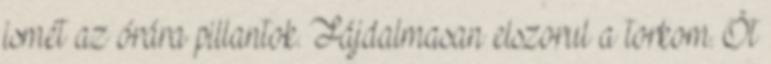
ismét az órára pillantok. Fájdalmasan elszorul a torkom. Öt